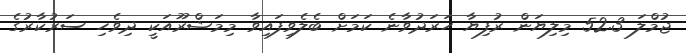
ޖުމްލަ 52.3 މިލިޔަން ރުފިޔާ ހަރަދުވާނެ ކަމަށް ބެލެވިފައިވާ މިމަޝްރޫއަކީ ދިވެހި ސަރުކާރުގެ